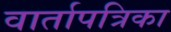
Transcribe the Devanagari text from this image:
वार्तापत्रिका